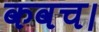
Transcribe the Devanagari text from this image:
कवच।